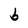
Character: b